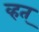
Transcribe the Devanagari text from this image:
व्हत्